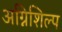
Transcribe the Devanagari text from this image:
अग्निशिल्प